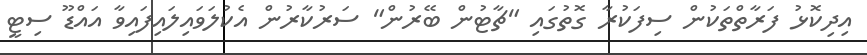
އިދިކޮޅު ފަރާތްތަކުން ސިފަކުރާ ގޮތުގައި "ޗާޓުން ބޭރުން" ސަރުކާރުން އެކުލަވައިލައިފައިވާ އައްޑޫ ސިޓީ